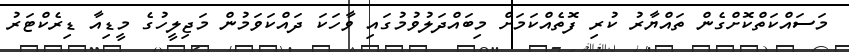
މަސައްކަތްކޮށްގެން ތައްޔާރު ކުރި ފޮތެއްކަމަށް މިބައްދަލުވުމުގައި ވާހަކަ ދައްކަވަމުން މަޖިލީހުގެ މީޑިއާ ޑިރެކްޓަރު